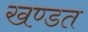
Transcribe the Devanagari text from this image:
खण्डत